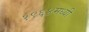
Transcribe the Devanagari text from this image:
१९६४मध्यी